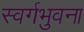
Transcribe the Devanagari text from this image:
स्वर्गभुवना